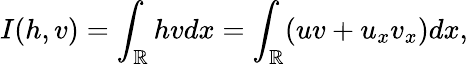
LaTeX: I(h,v)=\int_{\mathbb R}hvdx=\int_{\mathbb R}(uv+u_{x}v_{x})dx,